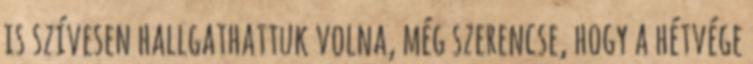
is szívesen hallgathattuk volna, még szerencse, hogy a hétvége